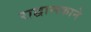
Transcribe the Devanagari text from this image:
राद्वान्स्काने